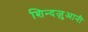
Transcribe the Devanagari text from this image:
शिन्दज़ुआनी